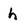
Character: h